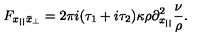
F _ { x _ { | | } \bar { x } _ { \perp } } = 2 \pi i ( \tau _ { 1 } + i \tau _ { 2 } ) \kappa \rho \partial _ { x _ { | | } } ^ { 2 } \frac { \nu } { \rho } .